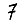
Digit: 7